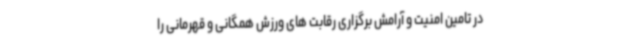
در تامین امنیت و آرامش برگزاری رقابت های ورزش همگانی و قهرمانی را